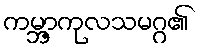
ကမ္ဘာ့ကုလသမဂ္ဂ၏